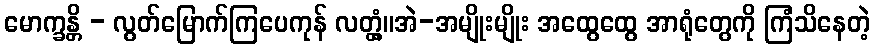
မောက္ခန္တိ - လွတ်မြောက်ကြပေကုန် လတ္တံ့။အဲ-အမျိုးမျိုး အထွေထွေ အာရုံတွေကို ကြံသိနေတဲ့